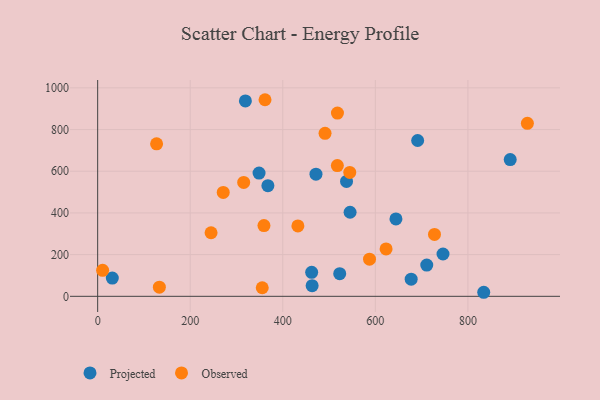
{"axis": {"x": "Experience", "y": "Demand"}, "legend": ["Observed", "Projected"], "data": [{"x": "319.2", "y": 937.4, "type": "Projected"}, {"x": "367.8", "y": 530.5, "type": "Projected"}, {"x": "711.1", "y": 149.8, "type": "Projected"}, {"x": "537.7", "y": 550.9, "type": "Projected"}, {"x": "348.7", "y": 591.0, "type": "Projected"}, {"x": "471.7", "y": 585.7, "type": "Projected"}, {"x": "523.0", "y": 108.5, "type": "Projected"}, {"x": "834.2", "y": 19.4, "type": "Projected"}, {"x": "644.5", "y": 371.2, "type": "Projected"}, {"x": "463.4", "y": 51.0, "type": "Projected"}, {"x": "462.4", "y": 115.2, "type": "Projected"}, {"x": "691.4", "y": 747.4, "type": "Projected"}, {"x": "677.4", "y": 82.1, "type": "Projected"}, {"x": "891.4", "y": 656.1, "type": "Projected"}, {"x": "31.6", "y": 87.5, "type": "Projected"}, {"x": "545.4", "y": 403.2, "type": "Projected"}, {"x": "746.2", "y": 203.0, "type": "Projected"}, {"x": "271.3", "y": 498.2, "type": "Observed"}, {"x": "245.0", "y": 304.9, "type": "Observed"}, {"x": "727.8", "y": 296.7, "type": "Observed"}, {"x": "544.7", "y": 594.2, "type": "Observed"}, {"x": "623.2", "y": 227.3, "type": "Observed"}, {"x": "491.3", "y": 781.8, "type": "Observed"}, {"x": "133.3", "y": 44.1, "type": "Observed"}, {"x": "10.7", "y": 124.8, "type": "Observed"}, {"x": "432.6", "y": 337.7, "type": "Observed"}, {"x": "518.1", "y": 879.0, "type": "Observed"}, {"x": "315.5", "y": 546.3, "type": "Observed"}, {"x": "587.4", "y": 178.3, "type": "Observed"}, {"x": "928.5", "y": 829.7, "type": "Observed"}, {"x": "355.6", "y": 41.0, "type": "Observed"}, {"x": "359.3", "y": 339.5, "type": "Observed"}, {"x": "361.6", "y": 943.0, "type": "Observed"}, {"x": "517.9", "y": 627.1, "type": "Observed"}, {"x": "127.3", "y": 731.5, "type": "Observed"}]}